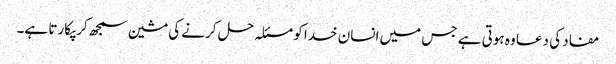
مفاد کی دعا وہ ہوتی ہے جس میں انسان خدا کو مسئلہ حل کرنے کی مشین سمجھ کر پکارتا ہے۔